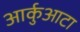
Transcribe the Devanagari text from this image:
आर्कुआटा